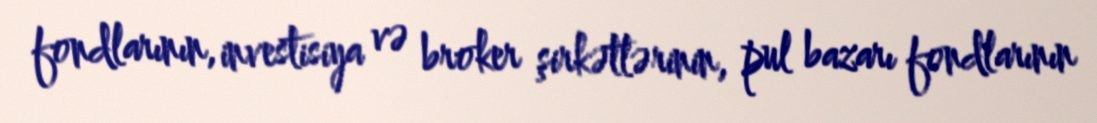
fondlarının, investisiya və broker şirkətlərinin, pul bazarı fondlarının